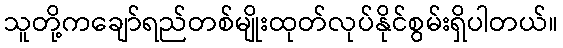
သူတို့ကချော်ရည်တစ်မျိုးထုတ်လုပ်နိုင်စွမ်းရှိပါတယ်။